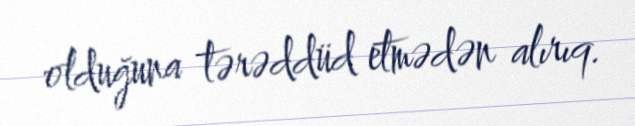
olduğuna tərəddüd etmədən alırıq.